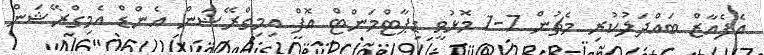
އެފެއާޒް ބައްދަލުކުރި މެޗުން 7-1 މޮޅުވީ ޑިޕާޓްމަންޓް އޮފް އިމިގްރޭޝަން އެންޑް އެމިގްރޭޝަން